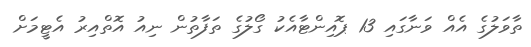
ތާވަލުގެ އެއް ވަނާގައި 13 ޕޮއިންޓާއެކު ގޯލުގެ ތަފާތުން ނިއު އޮތްއިރު އެޓީމަށް